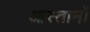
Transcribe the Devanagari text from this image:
आस्तानों